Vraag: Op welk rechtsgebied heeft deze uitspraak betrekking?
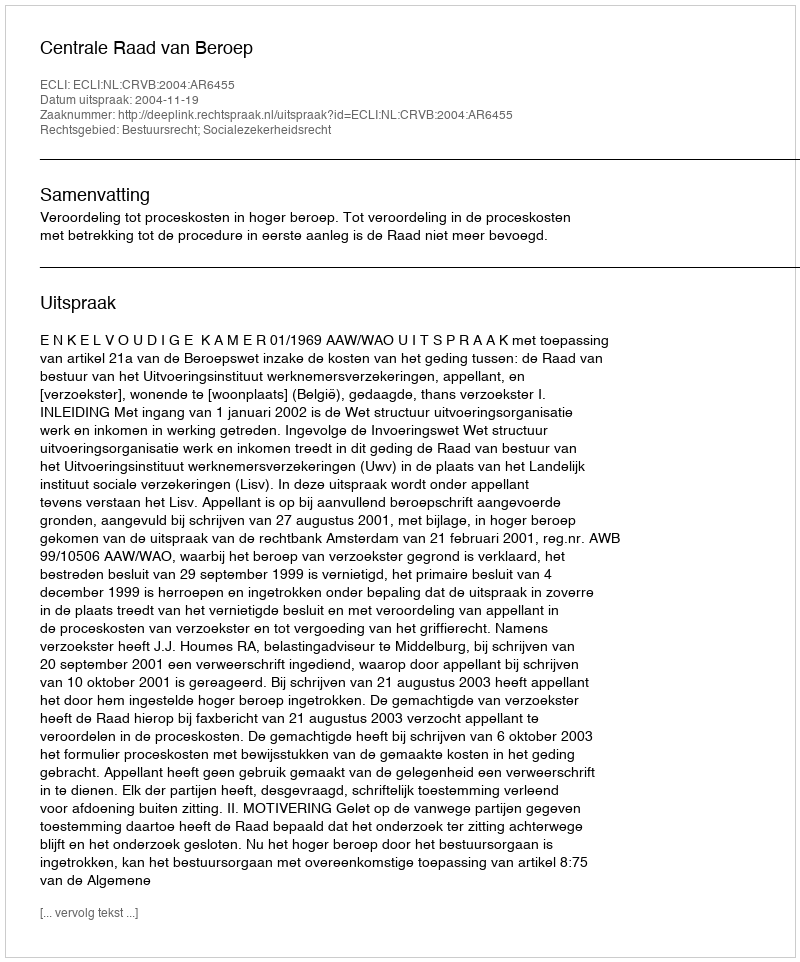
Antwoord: Bestuursrecht; Socialezekerheidsrecht